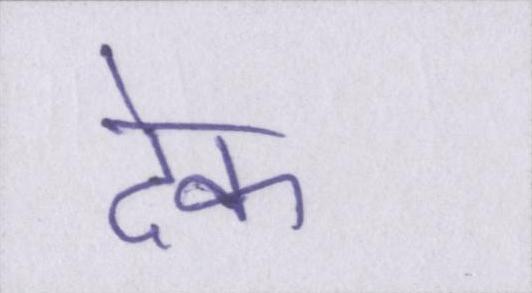
देक